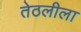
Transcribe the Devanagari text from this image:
तेठलीला